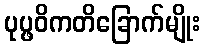
ပုပ္ဖဝိကတိခြောက်မျိုး